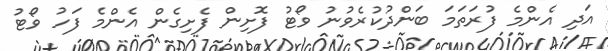
އަދި އެންމެ ފުރަތަމަ ބަންދުކުރެވުނު ވޯޓު ފޮށިން ފެށިގެން އެންމެ ފަހު ވޯޓު